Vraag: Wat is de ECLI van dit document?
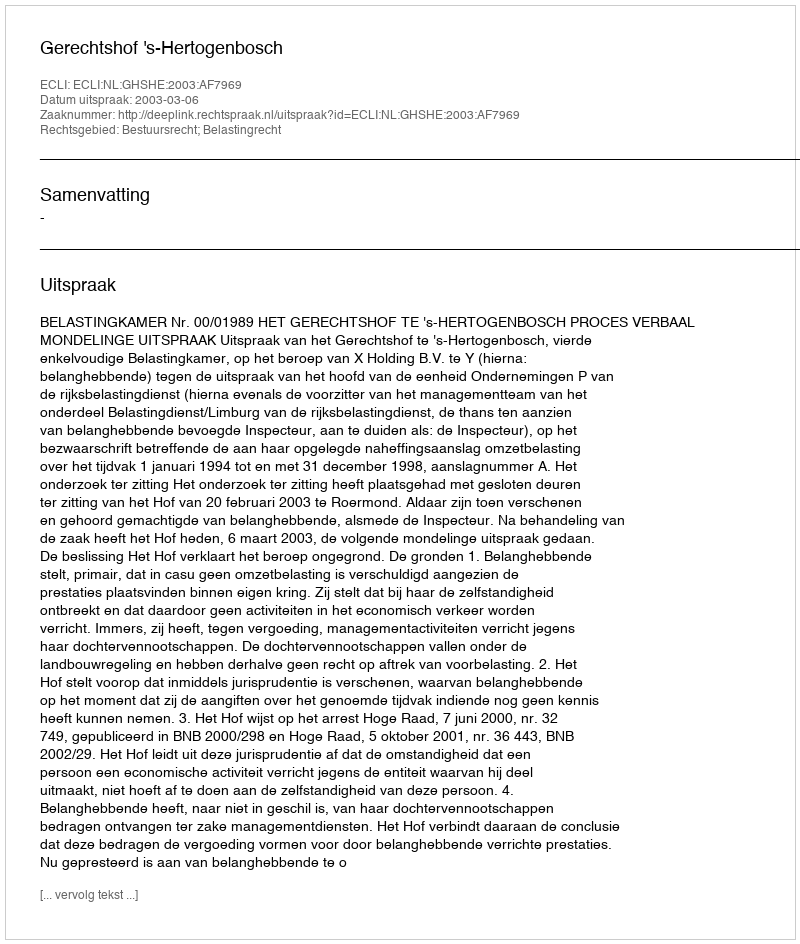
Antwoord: ECLI:NL:GHSHE:2003:AF7969